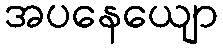
အပနေယျော